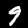
Digit: 9